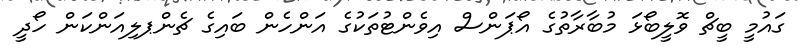
ގައުމީ ބީޗް ވޮލީބޯޅަ މުބާރާތުގެ އޯޕަންސް އިވެންޓުތަކުގެ އަންހެން ބައިގެ ޗެންޕލިއަންކަން ހޯދީ